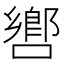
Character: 㗽